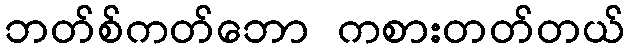
ဘတ်စ်ကတ်ဘော ကစားတတ်တယ်